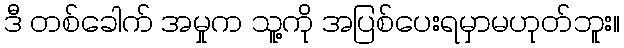
ဒီ တစ်ခေါက် အမှုက သူ့ကို အပြစ်ပေးရမှာမဟုတ်ဘူး။